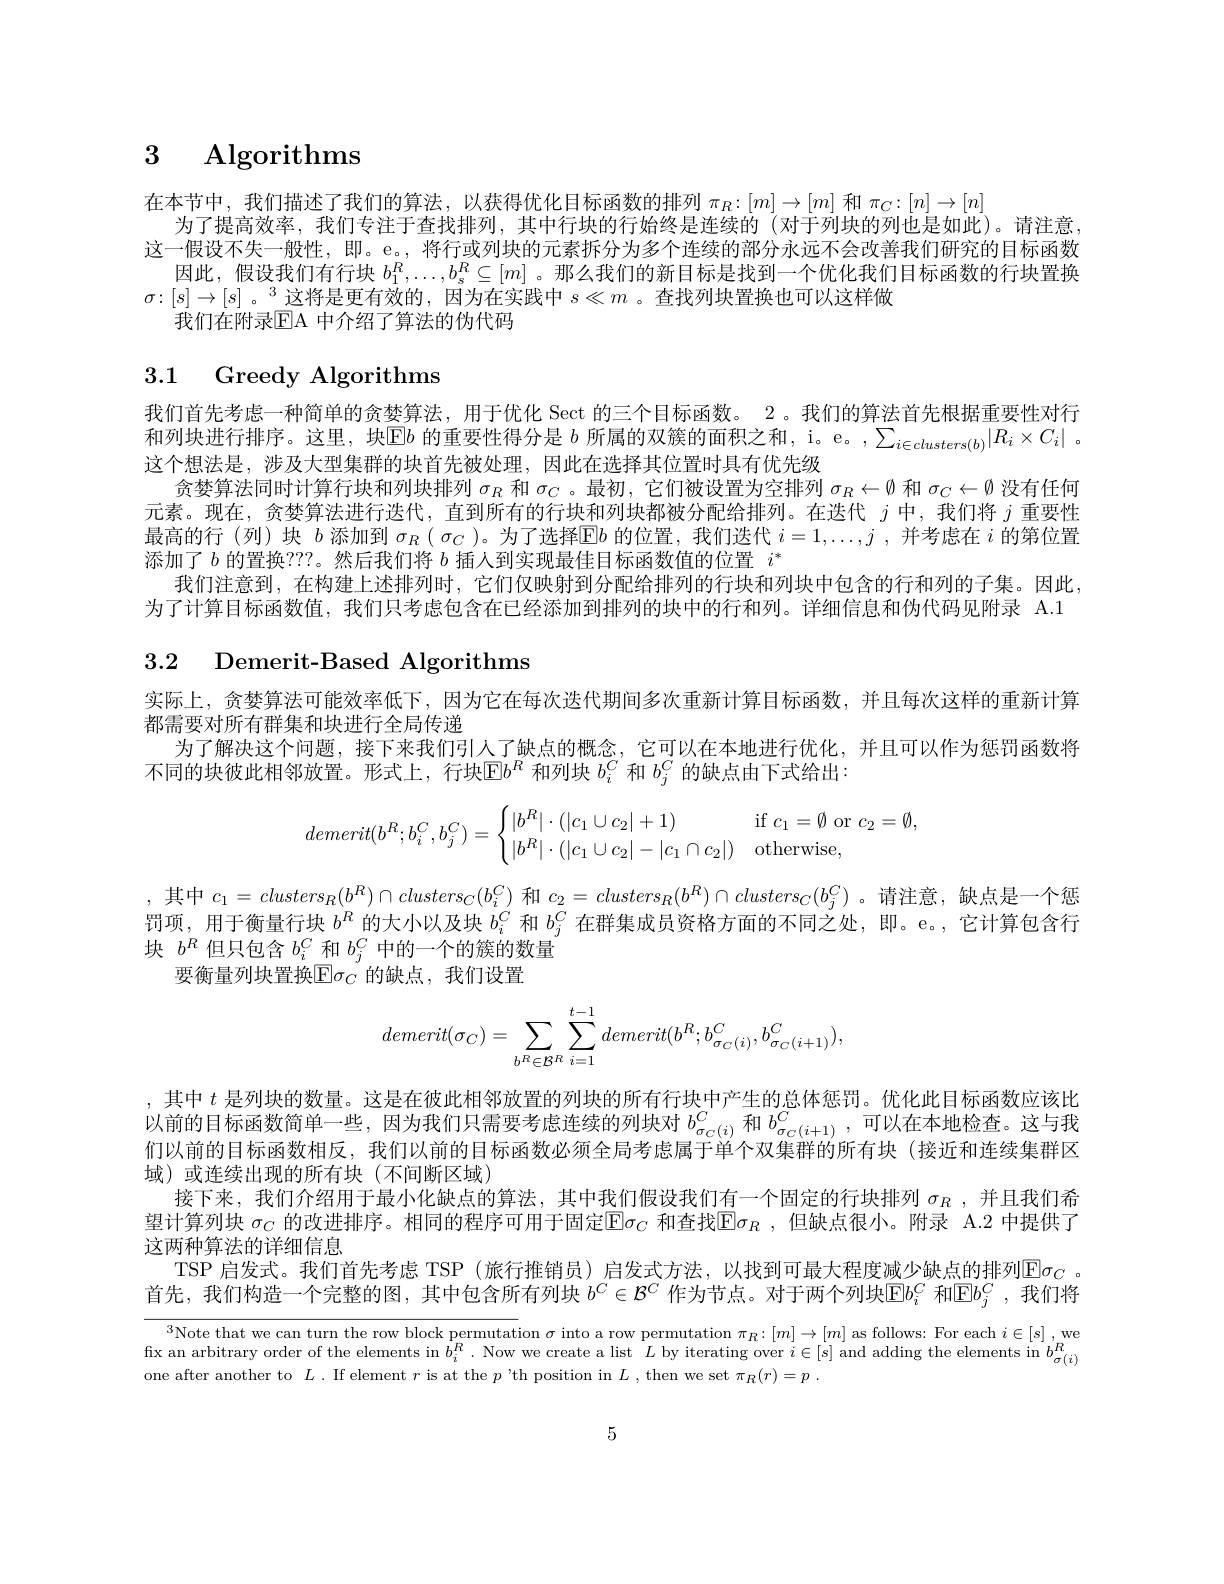
# $\begin{array}{ccc}3&\textbf{Algorithms}\end{array}$

在本节中，我们描述了我们的算法，以获得优化目标函数的排列$\pi_R:[m]\to[m]$和$\pi_C:[n]\to[n]$
为了提高效率，我们专注于查找排列，其中行块的行始终是连续的 (对于列块的列也是如此)。请注意， 这一假设不失一般性，即。e。, 将行或列块的元素拆分为多个连续的部分永远不会改善我们研究的目标函数
因此，假设我们有行块$b_1^R,\ldots,b_s^R\subseteq[m]$ 。那么我们的新目标是找到一个优化我们目标函数的行块置换
$\sigma:[s]\to[s]$ 。$^3$这将是更有效的，因为在实践中 $s\ll m$ 。查找列块置换也可以这样做
我们在附录$\overline{\mathrm{EA}}$ 中介绍了算法的伪代码

# 3.1 Greedy Algorithms

我们首先考虑一种简单的贪婪算法，用于优化 Sect 的三个目标函数。2。我们的算法首先根据重要性对行和列块进行排序。这里，块$\boxed{\mathrm{E}}b$的重要性得分是$b$所属的双簇的面积之和，i。e。$,\sum_i\in clusters(b)|R_i\times C_i|$ 。这个想法是，涉及大型集群的块首先被处理，因此在选择其位置时具有优先级
贪婪算法同时计算行块和列块排列$\sigma_R$和$\sigma_C$ 。最初，它们被设置为空排列$\sigma_R\leftarrow\emptyset$和$\sigma_C\leftarrow\emptyset$没有任何元素。现在，贪婪算法进行迭代，直到所有的行块和列块都被分配给排列。在迭代$j$中，我们将$j$重要性最高的行(列) 块$b$添加到$\sigma_R\left(\sigma_C\right)$。为了选择$\mathbb{E}\mathbb{E}b$的位置，我们迭代$i=1,\ldots,j$ ,并考虑在$i$的第位置添加了$b$的置换？??。然后我们将$b$插人到实现最佳目标函数值的位置$i^*$
我们注意到，在构建上述排列时，它们仅映射到分配给排列的行块和列块中包含的行和列的子集。因此为了计算目标函数值，我们只考虑包含在已经添加到排列的块中的行和列。详细信息和伪代码见附录 A.1

# 3.2 Demerit-Based Algorithms

实际上，贪婪算法可能效率低下，因为它在每次迭代期间多次重新计算目标函数，并且每次这样的重新计算
都需要对所有群集和块进行全局传递
为了解决这个问题，接下来我们引人了缺点的概念，它可以在本地进行优化，并且可以作为惩罚函数将
不同的块彼此相邻放置。形式上，行块$\mathbb{E}b^R$和列块$b_i^C$和$b_j^C$的缺点由下式给出：
$$demerit(b^R;b^C_i,b^C_j)=\begin{cases}|b^R|\cdot(|c_1\cup c_2|+1)&\text{if}c_1=\emptyset\text{or}c_2=\emptyset,\\|b^R|\cdot(|c_1\cup c_2|-|c_1\cap c_2|)&\text{otherwise},\end{cases}$$
,其中$c_1=clusters_R(b^R)\cap clusters_C(b_i^C)$和$c_2=clusters_R(b^R)\cap clusters_C(b_j^C)$ 。请注意，缺点是一个惩罚项，用于衡量行块$b^R$的大小以及块$b_i^C$和$b_j^C$在群集成员资格方面的不同之处，即。e。,它计算包含行块$b^R$但只包含$b_i^C$和$b_j^C$中的一个的簇的数量
要衡量列块置换$\mathbb{E}\sigma_C$ 的缺点，我们设置
$$demerit(\sigma_C)=\sum\limits_{b^R\in\mathcal B^R}\sum\limits_{i=1}^{t-1}demerit(b^R;b_{\sigma_C(i)}^C,b_{\sigma_C(i+1)}^C),$$
,其中$t$是列块的数量。这是在彼此相邻放置的列块的所有行块中产生的总体惩罚。优化此目标函数应该比以前的目标函数简单一些，因为我们只需要考虑连续的列块对$b_{\sigma_C(i)}^C$ 和 $b_{\sigma_C(i+1)}^C$ ,可以在本地检查。这与我们以前的目标函数相反，我们以前的目标函数必须全局考虑属于单个双集群的所有块(接近和连续集群区域)或连续出现的所有块(不间断区域)
接下来，我们介绍用于最小化缺点的算法，其中我们假设我们有一个固定的行块排列$\sigma _R$ , 并且我们希望计算列块 $\sigma_C$ 的改进排序。相同的程序可用于固定$\mathbb{E}\sigma_C$ 和查找$\mathbb{E}\sigma_R$ ,但缺点很小。附录 A.2 中提供了这两种算法的详细信息
TSP 启发式。我们首先考虑 TSP (旅行推销员) 启发式方法，以找到可最大程度减少缺点的排列$\operatorname{E}\sigma_C$ , 首先，我们构造一个完整的图，其中包含所有列块 $b^C\in\mathcal{B}^C$ 作为节点。对于两个列块$\mathbb{E}b_i^C$ 和$\mathbb{E}b_j^C$ ,我们将

$^{3}$Note that we can turn the row block permutation $\sigma$ into a row permutation $\pi_R:[m]\to[m]$ as follows: For each $i\in [$s],we fix an arbitrary order of the elements in $\dot{b}_i^R.$ Now we create a list $L$ by iterating over $i\in[$s] and adding the elements in $b_\sigma(i)^R$ one after another to $L.$ If element $r$ is at the $p$ 'th position in $L$, then we set $\pi_R(r)=p.$

5